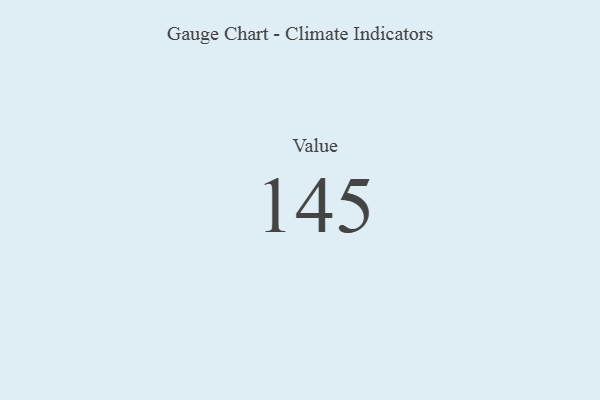
{"axis": {"x": "Metric", "y": "Value"}, "legend": [""], "data": [{"x": "Value", "y": 145, "type": ""}]}